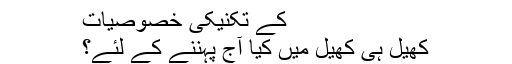
کے تکنیکی خصوصیات
کھیل ہی کھیل میں کیا آج پہننے کے لئے؟